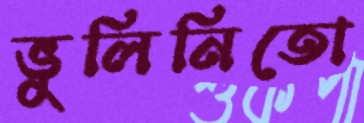
ভুলিনিতো